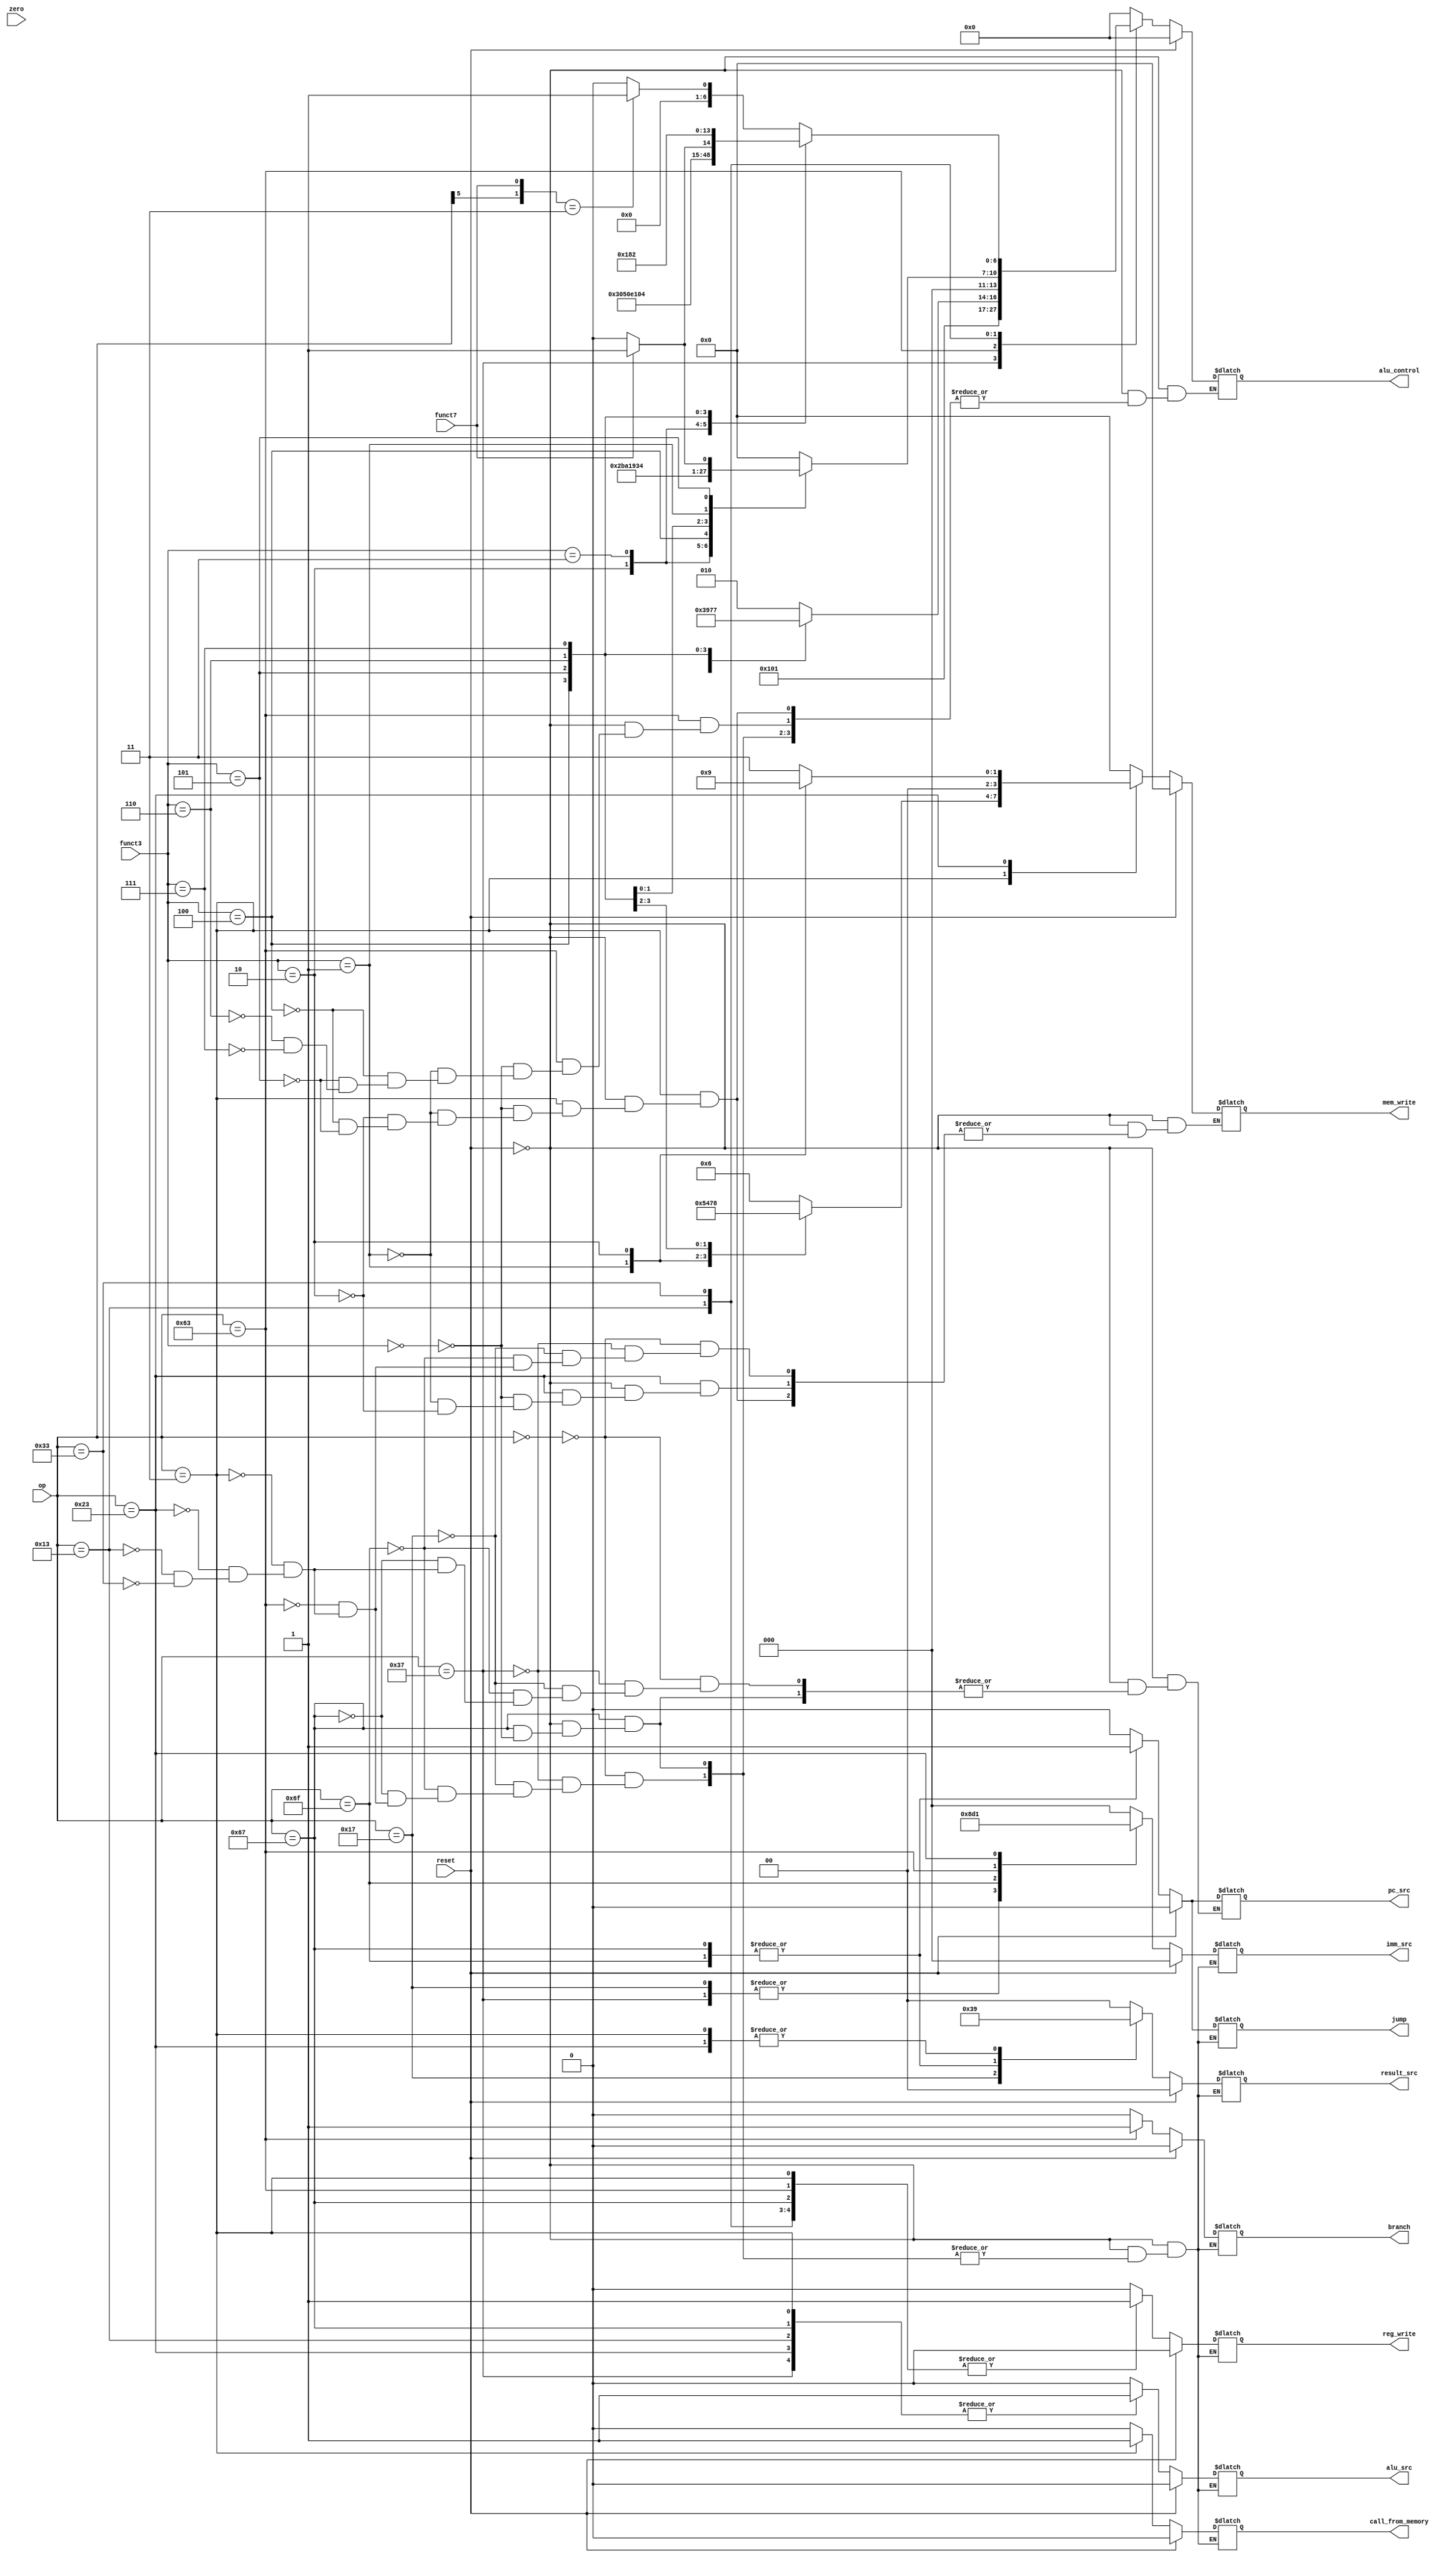
`timescale 1ns / 1ps
//////////////////////////////////////////////////////////////////////////////////
// Company: 
// Engineer: 
// 
// Design Name: 
// Module Name: extend
// Project Name: 
// Target Devices: 
// Tool Versions: 
// Description: 
// 
// Dependencies: 
// 
// Revision:
// Revision 0.01 - File Created
// Additional Comments:
// 
//////////////////////////////////////////////////////////////////////////////////


module control_unit(
//compulsory input
    input [6:0] op,
    input [2:0] funct3,
    input funct7,
    input zero,
//compulsory output
    output reg pc_src, //target choose
    output reg [1:0] result_src,
    output reg [3:0] mem_write,
    output reg [6:0] alu_control,
    output reg alu_src,
    output reg [2:0] imm_src,
    output reg reg_write,
    output reg jump,
    output reg branch,
    output reg call_from_memory,
// my inout
    input reset
    );
    
    always@(*)begin
        if (reset == 1) begin
            pc_src = 0;          
            result_src = 0; 
            mem_write = 0;  
            alu_control = 0;
            alu_src = 0;          
            imm_src = 0;    
            reg_write = 0;       
            jump = 0;             
            branch = 0;
            call_from_memory = 0;
        end
        
        else begin       
        case(op)
            7'b0000000: begin
                result_src = 0;
                alu_src = 0;
                alu_control = 0;
                reg_write = 0;
                imm_src = 0;
                pc_src = 0;
                mem_write = 0;
                jump = 0;
                branch = 0;
                call_from_memory = 0;
            end
            7'b0110111: begin //LUI
                result_src = 0;
                alu_src = 1;
                alu_control = 16;
                reg_write = 1;
                imm_src = 4;
                pc_src = 0;
                mem_write = 0;
                jump = 0;
                branch = 0;
                call_from_memory = 0;
            end
            7'b0010111: begin //AUIPC
                imm_src = 4;
                pc_src = 0;
                reg_write = 1;
                mem_write = 0;
                result_src = 3;
                alu_control = 0; //x
                alu_src = 0; //x
                jump = 0;
                branch = 0;
                call_from_memory = 0;
            end
            7'b1101111: begin //JAL
                result_src = 2;
                imm_src = 3;
                pc_src = 1; // 0 idi deitirdim 23 08 2023
                reg_write = 1;
                mem_write = 0;
                alu_control = 0; //x
                alu_src = 0; //x
                jump = 1;
                branch = 0;
                call_from_memory = 0;
            end
            7'b1100111: begin //JALR
                case(funct3)
                    3'b000: begin
                        imm_src = 0; 
                        alu_src = 1;
                        alu_control = 0; 
                        result_src = 2;
                        pc_src = 1;
                        reg_write = 1;
                        jump = 1;
                        branch = 0;
                        call_from_memory = 0;
                    end
                endcase     
            end
            7'b1100011: begin //BEQ BNE BLT BGE BLTU BGEU
                imm_src = 2; //B type 10 olacak
                reg_write = 1;
                alu_src = 0;
                mem_write = 0;
                result_src = 0; //x
                jump = 0;
                branch = 1;
                call_from_memory = 0;
                case(funct3)
                    3'b000: begin //BEQ
                        alu_control = 10;
                    end
                    3'b001: begin //BNE
                        alu_control = 11; 
                    end
                    3'b100: begin //BLT
                        alu_control = 12;
                    end
                    3'b101: begin //BGE
                        alu_control = 13; 
                    end
                    3'b110: begin //BLTU
                        alu_control = 14;
                    end
                    3'b111: begin //BGEU
                        alu_control = 15;
                    end
                endcase 
            end
            7'b0000011: begin //LB LH LW LBU LHU
                imm_src = 0; //I type 00 olacak
                reg_write = 1;
                alu_src = 1;
                result_src = 1;
                pc_src = 0;
                jump = 0;
                branch = 0;
                call_from_memory = 1;
                case(funct3)
                    3'b000: begin //LB
                        alu_control = 0;
                        mem_write = 6;
                    end
                    3'b001: begin //LH
                        alu_control = 0;
                        mem_write = 5;
                    end
                    3'b010: begin //LW
                        alu_control = 0;
                        mem_write = 4;
                    end
                    3'b100: begin //LBU
                        alu_control = 0;
                        mem_write = 7;
                    end
                    3'b101: begin //LHU
                        alu_control = 0;
                        mem_write = 8;
                    end
                endcase 
            end
            7'b0100011: begin //SB SH SW
                imm_src = 1; //S type 01 olacak
                reg_write = 0;
                alu_src = 1;
                result_src = 1; //x
                pc_src = 0;
                alu_control = 0;
                jump = 0;
                branch = 0;
                call_from_memory = 0;
                case(funct3)
                    3'b000: begin //SB
                        mem_write = 3; 
                    end
                    3'b001: begin //SH
                        mem_write = 2;
                    end
                    3'b010: begin //SW
                        mem_write = 1;
                    end
                endcase 
            end
            7'b0010011: begin //ADDI SLTI SLTIU XORI ORI ANDI SLLI SRLI SRAI
                reg_write = 1;
                imm_src = 0; 
                alu_src = 1;
                mem_write = 0;
                result_src = 0;
                pc_src = 0;
                jump = 0;
                branch = 0;
                call_from_memory = 0;
                case(funct3)
                    3'b000: begin //ADDI
                        alu_control = 0;
                    end
                    3'b010: begin //SLTI
                        alu_control = 5;
                    end
                    3'b011: begin //SLTIU
                        alu_control = 7;
                    end
                    3'b100: begin //XORI
                        alu_control = 4;
                    end
                    3'b110: begin //ORI
                        alu_control = 3;
                    end
                    3'b111: begin //ANDI
                        alu_control = 2;
                    end
                    3'b001: begin //SLLI
                        alu_control = 6;
                    end
                    3'b101: begin //SRLI SRAI
                        case(funct7)
                        0: begin //SRLI
                            alu_control = 8;
                        end
                        1: begin //SRAI
                            alu_control = 9;
                        end
                        endcase
                    end
                endcase 
            end
            7'b0110011: begin  //ADD SUB SLL SLT SLTU XOR SRL SRA OR AND
                reg_write = 1;
                imm_src = 0; //xx
                alu_src = 0;
                mem_write = 0; 
                result_src = 0;
                pc_src = 0;
                jump = 0;
                branch = 0;
                call_from_memory = 0;
                case(funct3)
                    3'b000: begin //ADD SUB
                        case({op[5],funct7})
                            2'b00,2'b01,2'b10: begin //ADD
                                alu_control = 0;
                            end
                            2'b11: begin //SUB
                                alu_control = 1;
                            end
                        endcase
                    end
                    3'b001: begin // SLL
                        alu_control = 6;
                    end
                    3'b010: begin // SLT
                        alu_control = 5;
                    end
                    3'b011: begin // SLTU
                        alu_control = 7;
                    end
                    3'b100: begin // XOR
                        alu_control = 4;
                    end
                    3'b101: begin // SRL SRA
                        case (funct7)
                        0: begin //SRL
                            alu_control = 8;
                        end
                        1: begin //SRA  
                            alu_control = 9;    
                        end
                        endcase
                    end
                    3'b110: begin // OR
                        alu_control = 3;
                    end
                    3'b111: begin // AND
                        alu_control = 2;
                    end
                endcase 
            end
            7'b0000000: begin
                pc_src = 0;          
                result_src = 0; 
                mem_write = 0;  
                alu_control = 0;
                alu_src = 0;          
                imm_src = 0;    
                reg_write = 0;       
                jump = 0;             
                branch = 0;
                call_from_memory = 0;
            end
        endcase
    end //reset
    end
endmodule